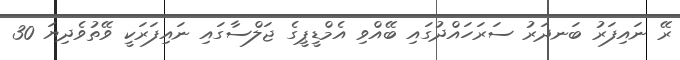
ރޭ ނައިފަރު ބަނދަރު ސަރަހައްދުގައި ބޭއްވި އެމްޑީޕީގެ ޖަލްސާގައި ނައިފަރަކީ ވޭތުވެދިޔަ 30